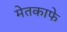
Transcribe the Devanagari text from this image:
मेतकाफे